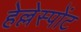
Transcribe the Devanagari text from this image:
हेल्लेस्पोंट